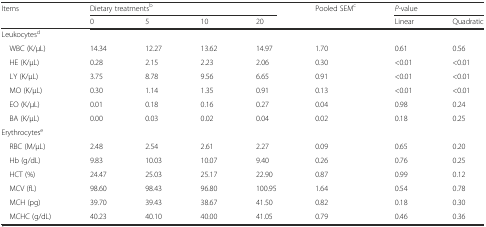
<table><thead><tr><td rowspan="2"><b>Items</b></td><td colspan="4"><b>Dietary treatments<sup>b</sup></b></td><td rowspan="2"><b>Pooled SEM<sup>c</sup></b></td><td colspan="2"><b><i>P-</i>value</b></td></tr><tr><td><b>0</b></td><td><b>5</b></td><td><b>10</b></td><td><b>20</b></td><td><b>Linear</b></td><td><b>Quadratic</b></td></tr></thead><tbody><tr><td>Leukocytes<sup>d</sup></td><td></td><td></td><td></td><td></td><td></td><td></td><td></td></tr><tr><td> WBC (K/μL)</td><td>14.34</td><td>12.27</td><td>13.62</td><td>14.97</td><td>1.70</td><td>0.61</td><td>0.56</td></tr><tr><td> HE (K/μL)</td><td>0.28</td><td>2.15</td><td>2.23</td><td>2.06</td><td>0.30</td><td>&lt;0.01</td><td>&lt;0.01</td></tr><tr><td> LY (K/μL)</td><td>3.75</td><td>8.78</td><td>9.56</td><td>6.65</td><td>0.91</td><td>&lt;0.01</td><td>&lt;0.01</td></tr><tr><td> MO (K/μL)</td><td>0.30</td><td>1.14</td><td>1.35</td><td>0.91</td><td>0.13</td><td>&lt;0.01</td><td>&lt;0.01</td></tr><tr><td> EO (K/μL)</td><td>0.01</td><td>0.18</td><td>0.16</td><td>0.27</td><td>0.04</td><td>0.98</td><td>0.24</td></tr><tr><td> BA (K/μL)</td><td>0.00</td><td>0.03</td><td>0.02</td><td>0.04</td><td>0.02</td><td>0.18</td><td>0.25</td></tr><tr><td>Erythrocytes<sup>e</sup></td><td></td><td></td><td></td><td></td><td></td><td></td><td></td></tr><tr><td> RBC (M/μL)</td><td>2.48</td><td>2.54</td><td>2.61</td><td>2.27</td><td>0.09</td><td>0.65</td><td>0.20</td></tr><tr><td> Hb (g/dL)</td><td>9.83</td><td>10.03</td><td>10.07</td><td>9.40</td><td>0.26</td><td>0.76</td><td>0.25</td></tr><tr><td> HCT (%)</td><td>24.47</td><td>25.03</td><td>25.17</td><td>22.90</td><td>0.87</td><td>0.99</td><td>0.12</td></tr><tr><td> MCV (fL)</td><td>98.60</td><td>98.43</td><td>96.80</td><td>100.95</td><td>1.64</td><td>0.54</td><td>0.78</td></tr><tr><td> MCH (pg)</td><td>39.70</td><td>39.43</td><td>38.67</td><td>41.50</td><td>0.82</td><td>0.18</td><td>0.30</td></tr><tr><td> MCHC (g/dL)</td><td>40.23</td><td>40.10</td><td>40.00</td><td>41.05</td><td>0.79</td><td>0.46</td><td>0.36</td></tr></tbody></table>